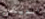
الديكور